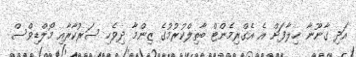
އަދި ގާނޫނާ ޚިލާފަށް އެ އެގްރިމެންޓް ބާތިލްކުރުމުގެ ޒިންމާ ދިވެހި ސަރުކާރާއި މޯލްޑިވްސް